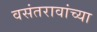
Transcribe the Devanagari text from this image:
वसंतरावांच्या